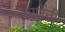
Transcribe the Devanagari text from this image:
काणेंनी